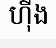
ហ៊ីង